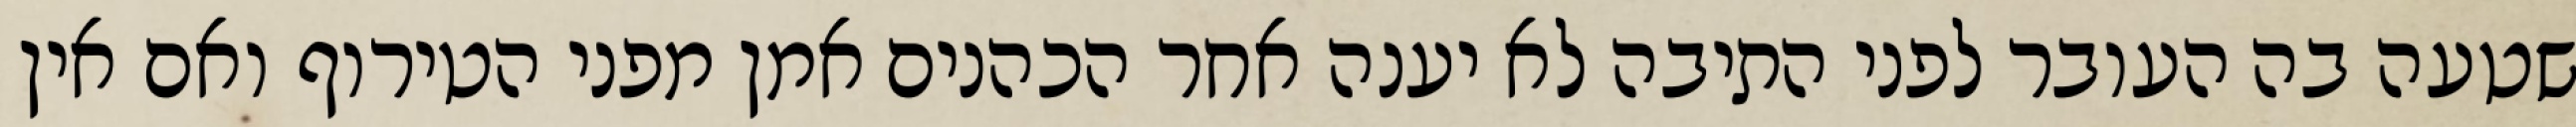
שטעה בה העובר לפני התיבה לא יענה אחר הכהנים אמן מפני הטירוף ואם אין